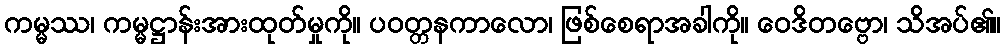
ကမ္မဿ၊ ကမ္မဋ္ဌာန်းအားထုတ်မှုကို။ ပဝတ္တနကာလော၊ ဖြစ်စေရာအခါကို။ ဝေဒိတဗ္ဗော၊ သိအပ်၏။